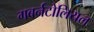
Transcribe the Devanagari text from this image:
गबर्नटोलियल